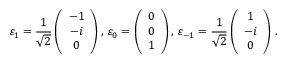
\varepsilon _ { 1 } = \frac { 1 } { \sqrt { 2 } } \left( \begin{array} { c } { { - 1 } } \\ { { - i } } \\ { { 0 } } \end{array} \right) , \, \varepsilon _ { 0 } = \left( \begin{array} { c } { { 0 } } \\ { { 0 } } \\ { { 1 } } \end{array} \right) , \, \varepsilon _ { - 1 } = \frac { 1 } { \sqrt { 2 } } \left( \begin{array} { c } { { 1 } } \\ { { - i } } \\ { { 0 } } \end{array} \right) \, .